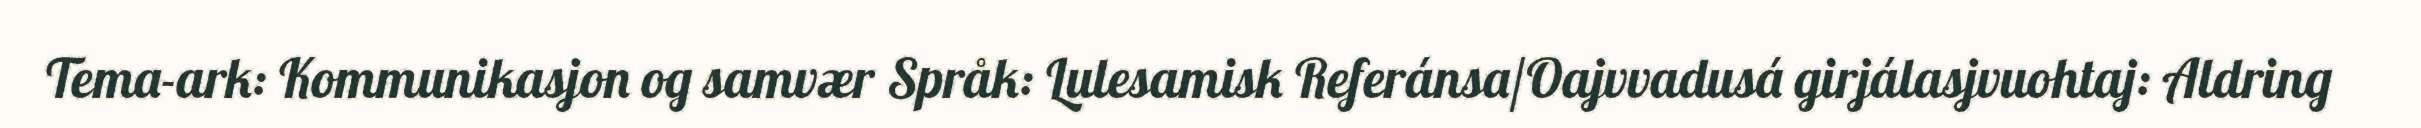
Tema-ark: Kommunikasjon og samvær Språk: Lulesamisk Referánsa/Oajvvadusá girjálasjvuohtaj: Aldring